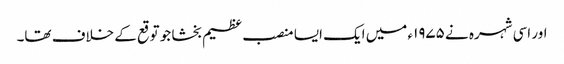
اور اسی شہرہ نے ۱۹۷۵ء میں ایک ایسا منصب عظیم بخشا جو توقع کے خلاف تھا۔